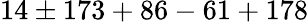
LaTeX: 14\pm 173+86-61+178